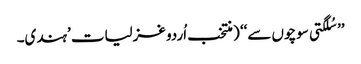
’’ سُلگتی سوچوں سے‘‘ ( منتخب اُردو غزلیات ’ہندی۔